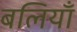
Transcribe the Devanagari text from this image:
बलियाँ